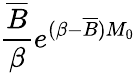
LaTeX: \frac{\overline{{B}}}{\beta}e^{(\beta-\overline{{B}})M_{0}}